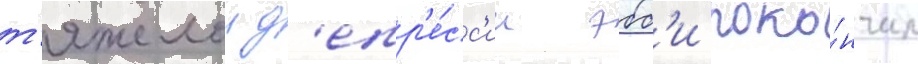
т'яжелои д'епр'е́сс'ии эбб'и поко́нчил